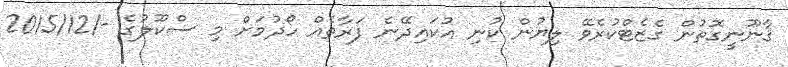
ޤާނޫނީގޮތުން ގެޒެޓްކުރެވޭ ލިޔުން ކުނި އުކައިދޭނެ ފަރާތެއް ހޯދުމަށް މި ސްކޫލުގެ -/2015/12